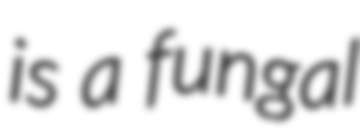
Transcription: is a fungal